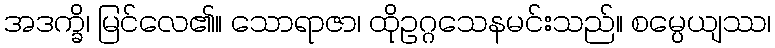
အဒက္ခိ၊ မြင်လေ၏။ သောရာဇာ၊ ထိုဥဂ္ဂသေနမင်းသည်။ စမ္ပေယျဿ၊